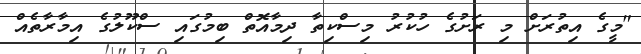
"މީގެ އިތުރަށް މި ރަށުގެ ހުކުރު މިސްކިތާ ދިމާއޮތް ބިމުގައި ސްކޫލުގެ އިމާރާތެއް